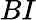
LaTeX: BI